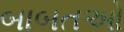
બાબતઓ